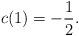
LaTeX: \begin{align*} c(1)=-\frac12.\end{align*}